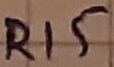
Text: R15